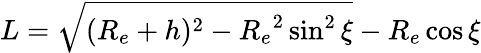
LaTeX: L=\sqrt{(R_{e}+h)^{2}-{R_{e}}^{2}\sin^{2}\xi}-R_{e}\cos\xi